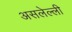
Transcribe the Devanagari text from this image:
असलेल्ली